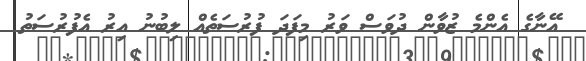
އޭނާގެ އެންމެ ޒުވާން ދުވަސް ވަރު މިފަދަ ފުރުސަތެއް ލިބުނު އިރު އެފުރުސަތު